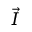
\vec { I }